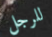
للرجل